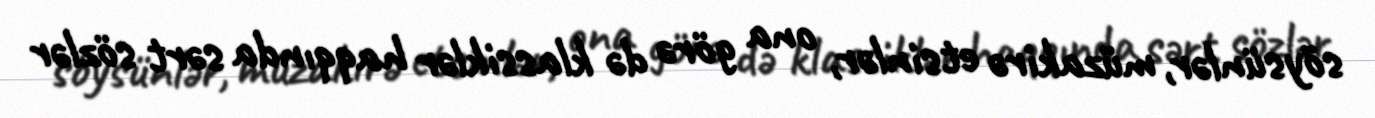
söysünlər, müzakirə etsinlər, ona görə də klassiklər haqqında sərt sözlər